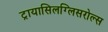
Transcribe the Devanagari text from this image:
ट्रायासिलग्लिसरोल्स